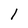
Character: 1